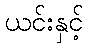
ယင်းနှင့်